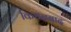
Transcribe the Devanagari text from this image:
किधनबाद